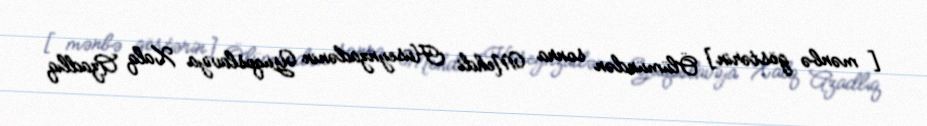
[mənbə göstərin] Ölümündən sonra Mehdi Hüseynzadənin Yuqoslaviya Xalq Azadlıq